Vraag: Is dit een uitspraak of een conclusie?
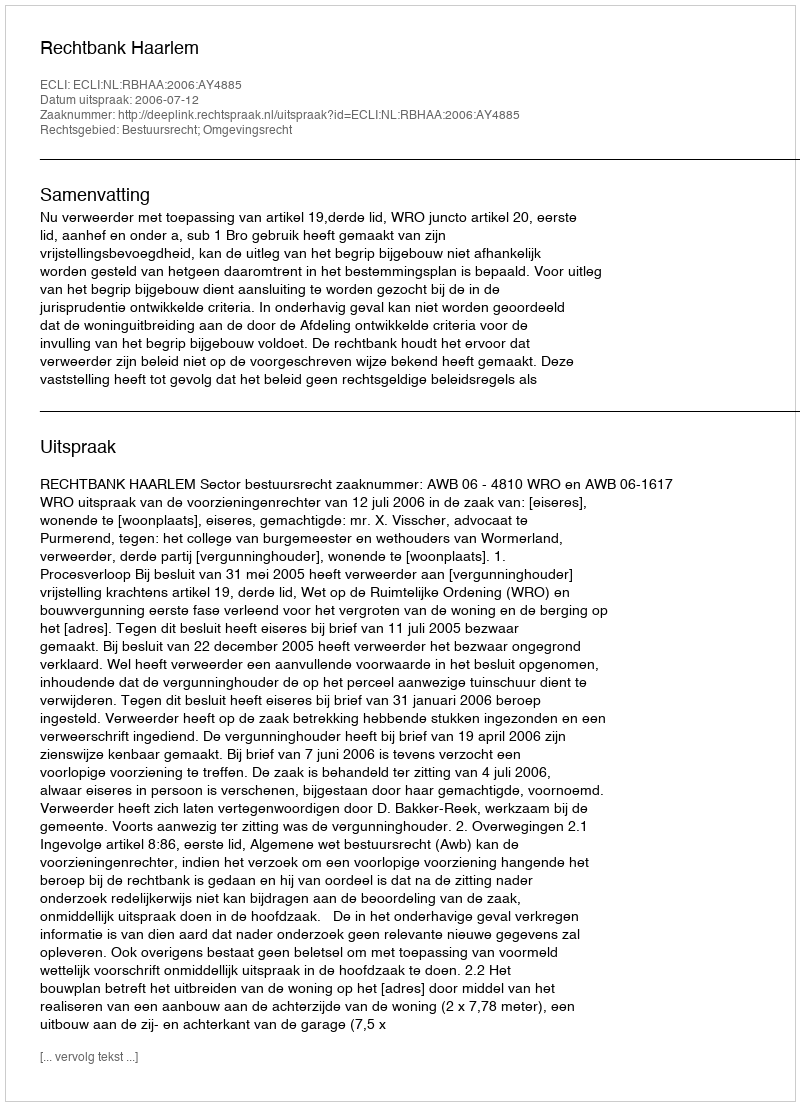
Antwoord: Uitspraak